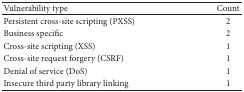
<table><thead><tr><td><b> Vulnerability type </b></td><td><b> Count </b></td></tr></thead><tbody><tr><td> Persistent cross-site scripting (PXSS) </td><td> 2 </td></tr><tr><td> Business specific </td><td> 2 </td></tr><tr><td> Cross-site scripting (XSS) </td><td> 1 </td></tr><tr><td> Cross-site request forgery (CSRF) </td><td> 1 </td></tr><tr><td> Denial of service (DoS) </td><td> 1 </td></tr><tr><td> Insecure third party library linking </td><td> 1 </td></tr></tbody></table>